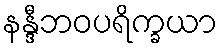
နန္ဒီဘဝပရိက္ခယာ